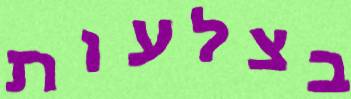
בצלעות